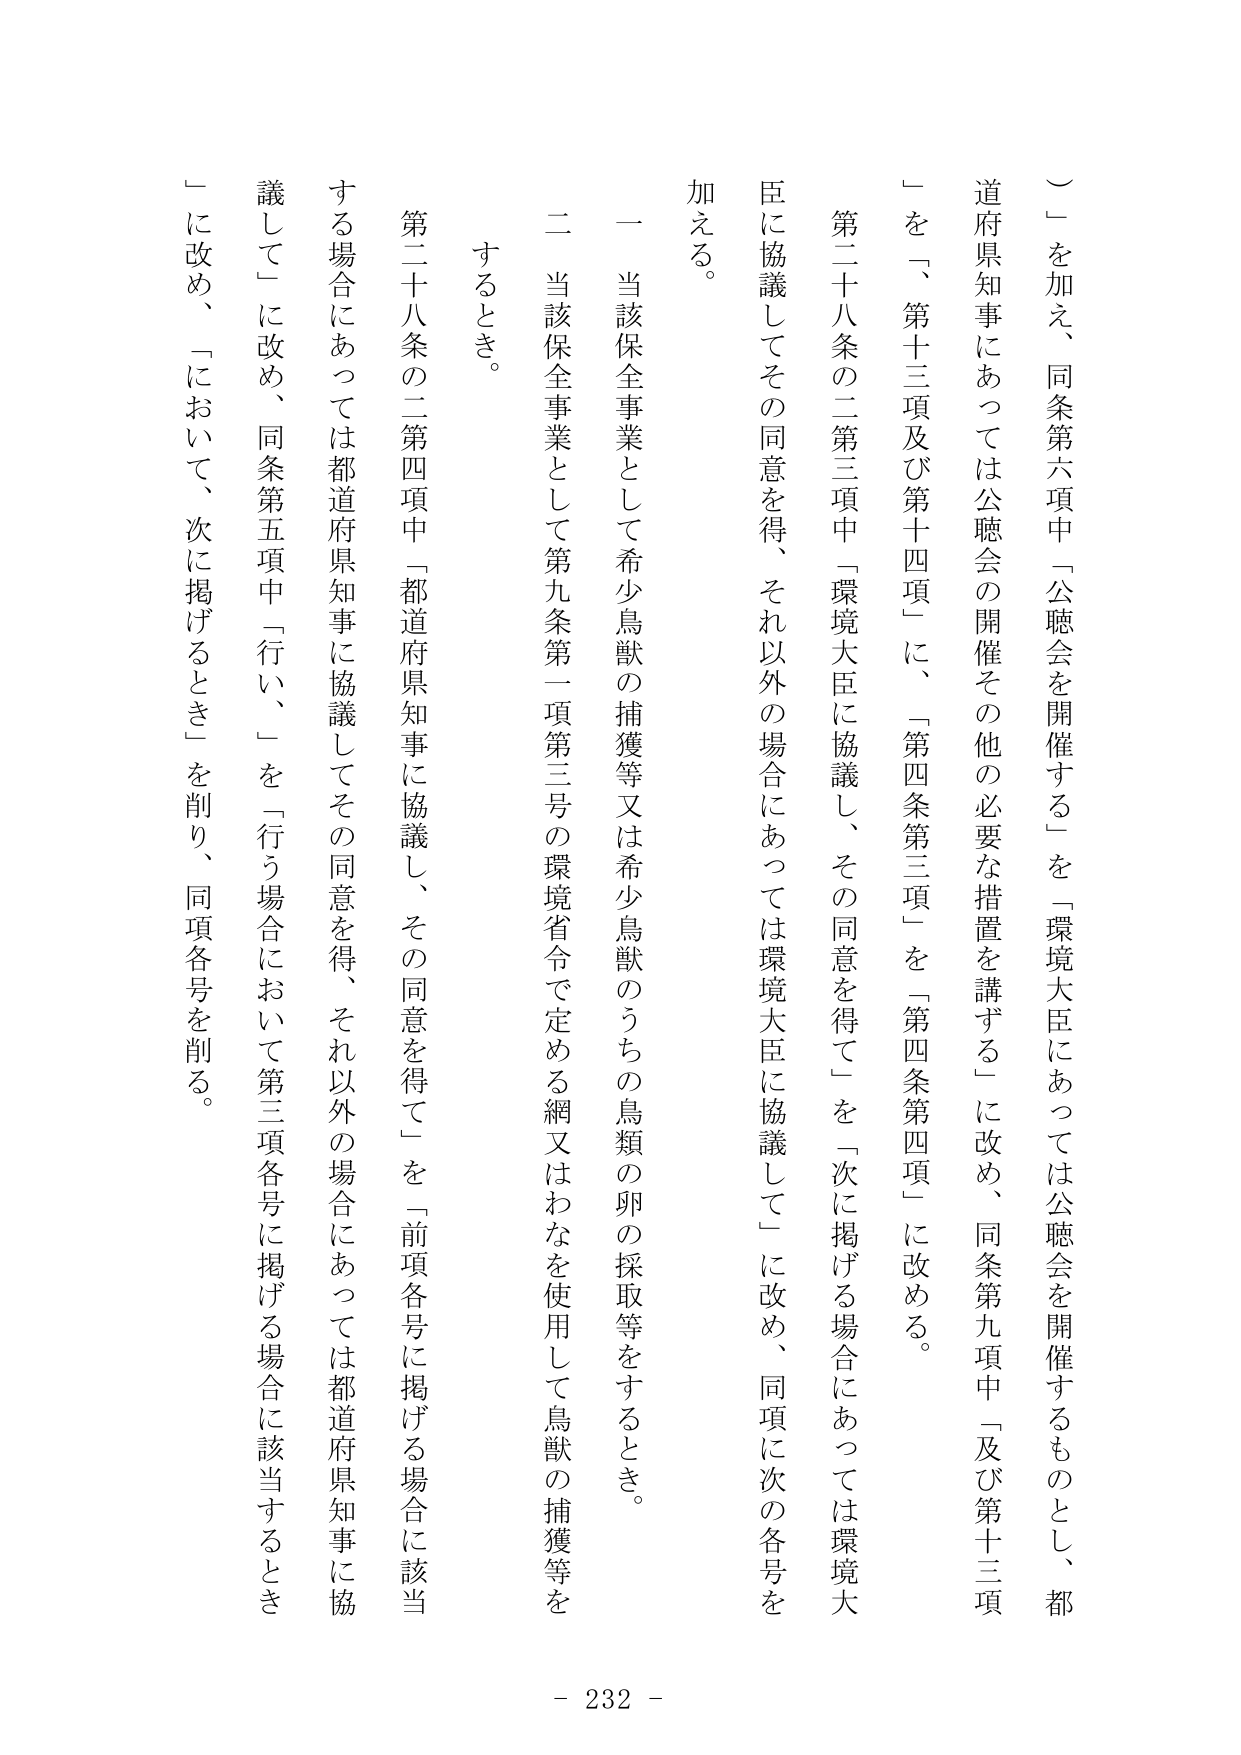
（一）を加え、同条第六項中「公聴会を開催する」を「環境大臣にあっては公聴会を開催するものとし、都道府県知事にあっては公聴会の開催その他の必要な措置を講ずる」に改め、同条第九項中「及び第十三項」を「第十三項及び第十四項」に、「第四条第三項」を「第四条第四項」に改める。

第二十八条の二第三項中「環境大臣に協議し、その同意を得て」を「次に掲げる場合にあっては環境大臣に協議してその同意を得、それ以外の場合にあっては環境大臣に協議して」に改め、同項に次の各号を加える。

一 当該保全事業として希少鳥獣の捕獲等又は希少鳥獣のうちの鳥類の卵の採取等をするとき。

二 当該保全事業として第九条第一項第三号の環境省令で定める網又はわなを使用して鳥獣の捕獲等をするとき。

第二十八条の二第四項中「都道府県知事に協議し、その同意を得て」を「前項各号に掲げる場合に該当する場合にあっては都道府県知事に協議してその同意を得、それ以外の場合にあっては都道府県知事に協議して」に改め、同条第五項中「行い、」を「行う場合において第三項各号に掲げる場合に該当するとき」に改め、「において、次に掲げるとき」を削り、同項各号を削る。

- 232 -